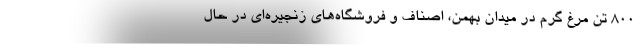
۸۰۰ تن مرغ گرم در میدان بهمن، اصناف و فروشگاه‌های زنجیره‌ای در حال